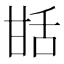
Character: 甛